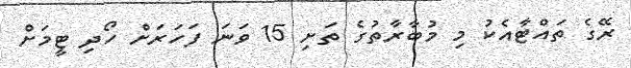
ރޭގެ ތައްޓާއެކު މި މުބާރާތުގެ ތަށި 15 ވަނަ ފަހަރަށް ހޯދި ޓީމަށް